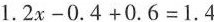
$$1 . 2 x - 0 . 4 + 0 . 6 = 1 . 4$$